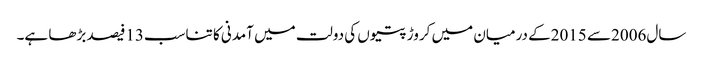
سال2006سے 2015کے درمیان میں کروڑ پتیوں کی دولت میں آمدنی کا تناسب13فیصد بڑھا ہے۔